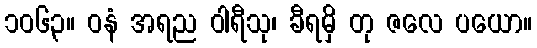
၁၀၆၃။ ဝနံ အရည ဝါရီသု၊ ခီရမှိ တု ဇလေ ပယော။